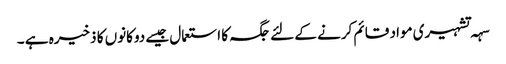
سہہ تشہیری مواد قائم کرنے کے لئے جگہ کا استعمال جیسے دوکانوں کا ذخیرہ ہے ۔